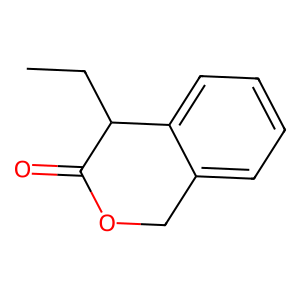
SMILES: CCC1C(=O)OCc2ccccc21
Inhibits HIV replication: No